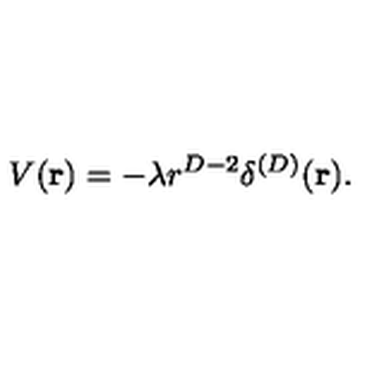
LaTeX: V ( { \bf r } ) = - \lambda r ^ { D - 2 } \delta ^ { ( D ) } ( { \bf r } ) .